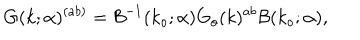
G ( k ; \alpha ) ^ { ( a b ) } = { \cal B } ^ { - 1 } ( k _ { o } ; \alpha ) G _ { o } ( k ) ^ { a b } { \cal B } ( k _ { o } ; \alpha ) ,